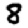
Digit: 8